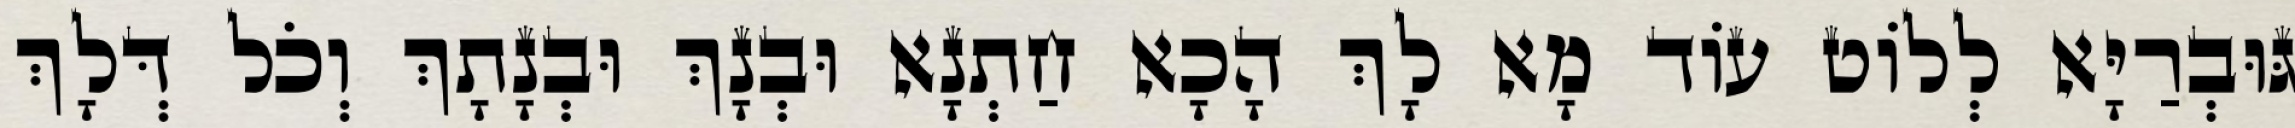
גּוּבְרַיָּא לְלוֹט עוֹד מָא לָךְ הָכָא חַתְנָא וּבְנָךְ וּבְנָתָךְ וְכֹל דְּלָךְ